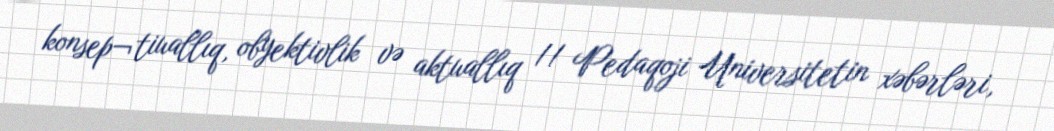
konsep¬tiuallıq, obyektivlik və aktuallıq // Pedaqoji Universitetin xəbərləri,